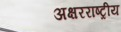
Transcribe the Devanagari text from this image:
अक्षरराष्ट्रीय